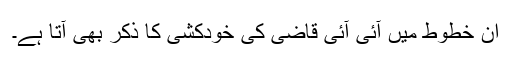
ان خطوط میں آئی آئی قاضی کی خودکشی کا ذکر بھی آتا ہے۔